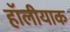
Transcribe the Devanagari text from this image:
हॉलीयाक